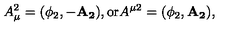
A _ { \mu } ^ { 2 } = ( \phi _ { 2 } , - \mathbf { A _ { 2 } } ) , \mathrm { o r } A ^ { \mu 2 } = ( \phi _ { 2 } , \mathbf { A _ { 2 } } ) ,